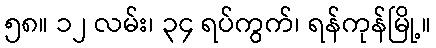
၅၈။ ၁၂ လမ်း၊ ၃၄ ရပ်ကွက်၊ ရန်ကုန်မြို့။